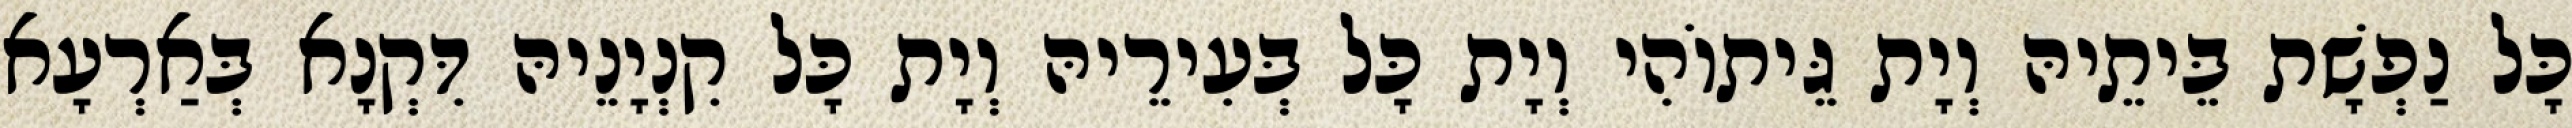
כָּל נַפְשָׁת בֵּיתֵיהּ וְיָת גֵּיתוֹהִי וְיָת כָּל בְּעִירֵיהּ וְיָת כָּל קִנְיָנֵיהּ דִּקְנָא בְּאַרְעָא